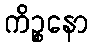
ကိဉ္စနော